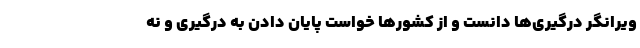
ویرانگر درگیری‌ها دانست و از کشورها خواست پایان دادن به درگیری و نه